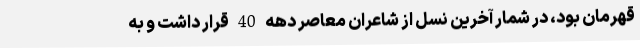
قهرمان بود، در شمار آخرین نسل از شاعران معاصر دهه 40 قرار داشت و به